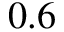
0 . 6